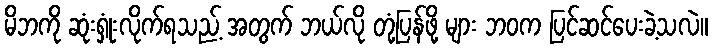
မိဘကို ဆုံးရှုံးလိုက်ရသည့် အတွက် ဘယ်လို တုံ့ပြန်ဖို့ များ ဘဝက ပြင်ဆင်ပေးခဲ့သလဲ။